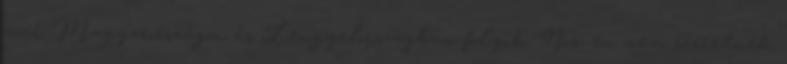
ami Magyarországon és Lengyelországban folyik. Nos, én nem szeretnék